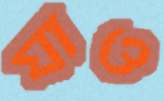
যাও